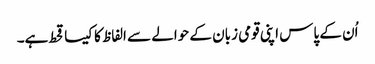
اُن کے پاس اپنی قومی زبان کے حوالے سے الفاظ کا کیسا قحط ہے۔